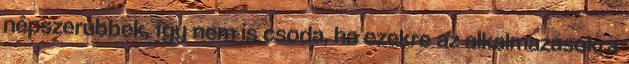
népszerűbbek, így nem is csoda, ha ezekre az alkalmazásokra